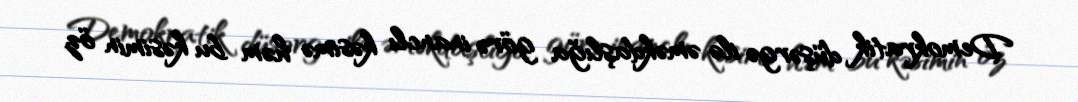
Demokratik düşərgə ilə əməkdaşlığa görə inanclı kəsimə həm bu kəsimin öz